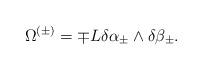
LaTeX: \begin{align*}\Omega^{(\pm)}=\mp L\delta\alpha_{\pm}\wedge\delta\beta_{\pm}.\end{align*}